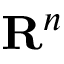
{ \mathbf { R } } ^ { n }